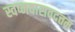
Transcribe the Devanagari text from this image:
स्वप्नवासवदत्तम